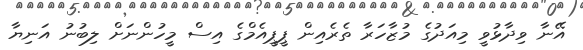
އޭނާ ވިދާޅުވީ މިއަދުގެ މުޒާހަރާ ތެރެއިން ޕީޕީއެމްގެ އިސް މީހުންނަށް ލިބުނު އަނިޔާ